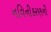
નવિનીકરણની